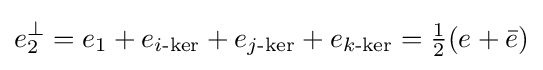
e_{2}^{\perp }=e_{1}+e_{i{\text{-ker}}}+e_{j{\text{-ker}}}+e_{k{\text{-ker}}}={\tfrac {1}{2}}(e+{\bar {e}})